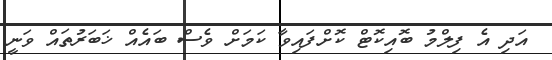
އަދި އެ ފިލްމު ބޮއިކޮޓް ކޮށްފައިވާ ކަމަށް ވެސް ބައެއް ޚަބަރުތައް ވަނީ